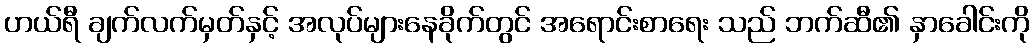
ဟယ်ရီ ချက်လက်မှတ်နှင့် အလုပ်များနေခိုက်တွင် အရောင်းစာရေး သည် ဘက်ဆီ၏ နှာခေါင်းကို